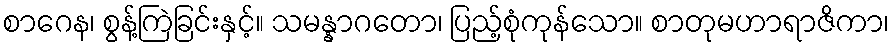
စာဂေန၊ စွန့်ကြဲခြင်းနှင့်။ သမန္နာဂတော၊ ပြည့်စုံကုန်သော။ စာတုမဟာရာဇိကာ၊